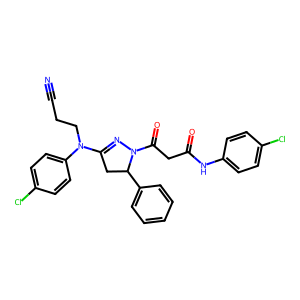
SMILES: N#CCCN(C1=NN(C(=O)CC(=O)Nc2ccc(Cl)cc2)C(c2ccccc2)C1)c1ccc(Cl)cc1
Inhibits HIV replication: No